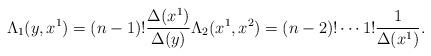
LaTeX: \begin{align*}\Lambda_1(y, x^1) = (n - 1)! \frac{\Delta(x^1)}{\Delta(y)} \Lambda_2(x^1, x^2) = (n - 2)! \cdots 1! \frac{1}{\Delta(x^1)}.\end{align*}